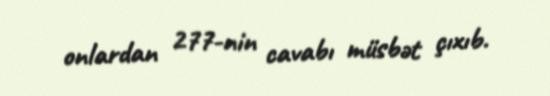
onlardan 277-nin cavabı müsbət çıxıb.